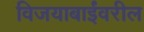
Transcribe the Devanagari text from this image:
विजयाबाईंवरील